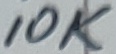
Text: 10K